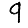
Digit: 9